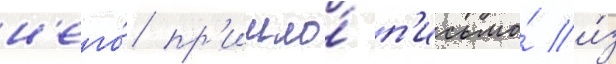
н'его́ пр'ишло́ п'исьмо́ и́з